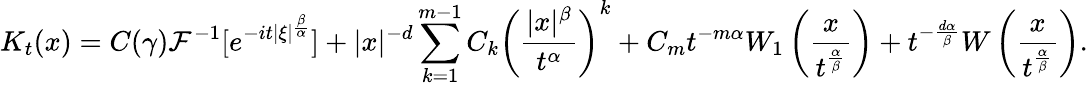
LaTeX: K_{t}(x)=C(\gamma)\mathcal{F}^{-1}[e^{-it|\xi|^{\frac{\beta}{\alpha}}}]+|x|^{-d}\sum_{k=1}^{m-1}C_{k}\left(\frac{|x|^{\beta}}{t^{\alpha}}\right)^{k}+C_{m}t^{-m\alpha}W_{1}\left(\frac{x}{t^{\frac{\alpha}{\beta}}}\right)+t^{-\frac{d\alpha}{\beta}}W\left(\frac{x}{t^{\frac{\alpha}{\beta}}}\right).